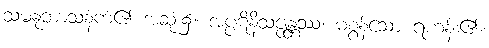
သမနုဘာသနံကံ၏ အဆုံး၌။ အပ္ပဋိနိသဇ္ဇန္တဿ၊ မစွန့်သော ရဟန်း၏။